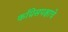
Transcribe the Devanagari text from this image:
काँग्रेसपक्षाचे